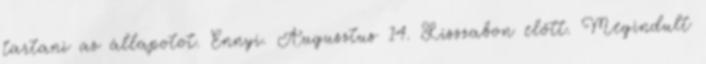
tartani az állapotot. Ennyi. Augusztus 14. Lisszabon előtt. Megindult